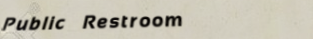
Public Restroom